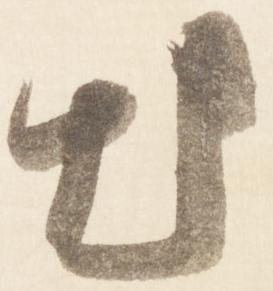
出